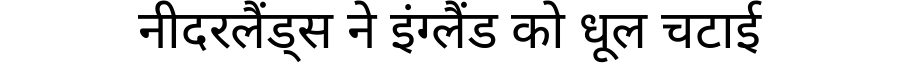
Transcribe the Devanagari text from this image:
नीदरलैंड्स ने इंग्लैंड को धूल चटाई